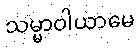
သမ္မာဝါယာမေ